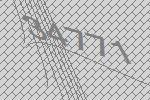
34771